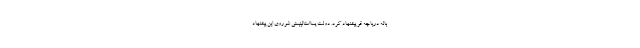
باله دریاچه قو پیشنهاد کرد. دولت پسااستالینیستی شوروی این پیشنهاد